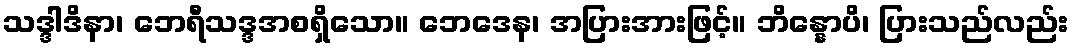
သဒ္ဒါဒိနာ၊ ဘေရီသဒ္ဒအစရှိသော။ ဘေဒေန၊ အပြားအားဖြင့်။ ဘိန္နောပိ၊ ပြားသည်လည်း